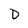
Character: D